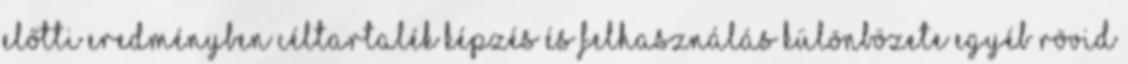
előtti eredményben Céltartalék képzés és felhasználás különbözete Egyéb rövid